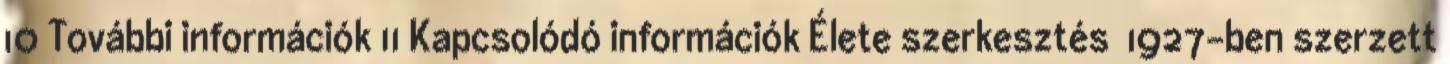
10 További információk 11 Kapcsolódó információk Élete szerkesztés 1927-ben szerzett